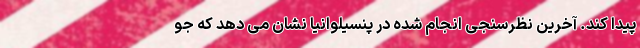
پیدا کند. آخرین نظرسنجی انجام شده در پنسیلوانیا نشان می دهد که جو